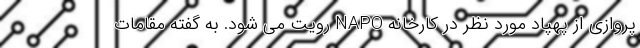
پروازی از پهپاد مورد نظر در کارخانه NAPO رویت می شود. به گفته مقامات